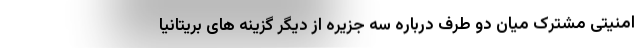
امنیتی مشترک میان دو طرف درباره سه جزیره از دیگر گزینه های بریتانیا